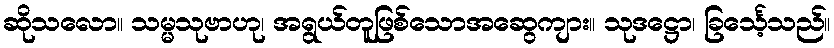
ဆိုသလော။ သမ္မသုဗာဟု၊ အရွယ်တူဖြစ်သောအဆွေကျား။ သုဒဋ္ဌော၊ ခြင်္သေ့သည်။